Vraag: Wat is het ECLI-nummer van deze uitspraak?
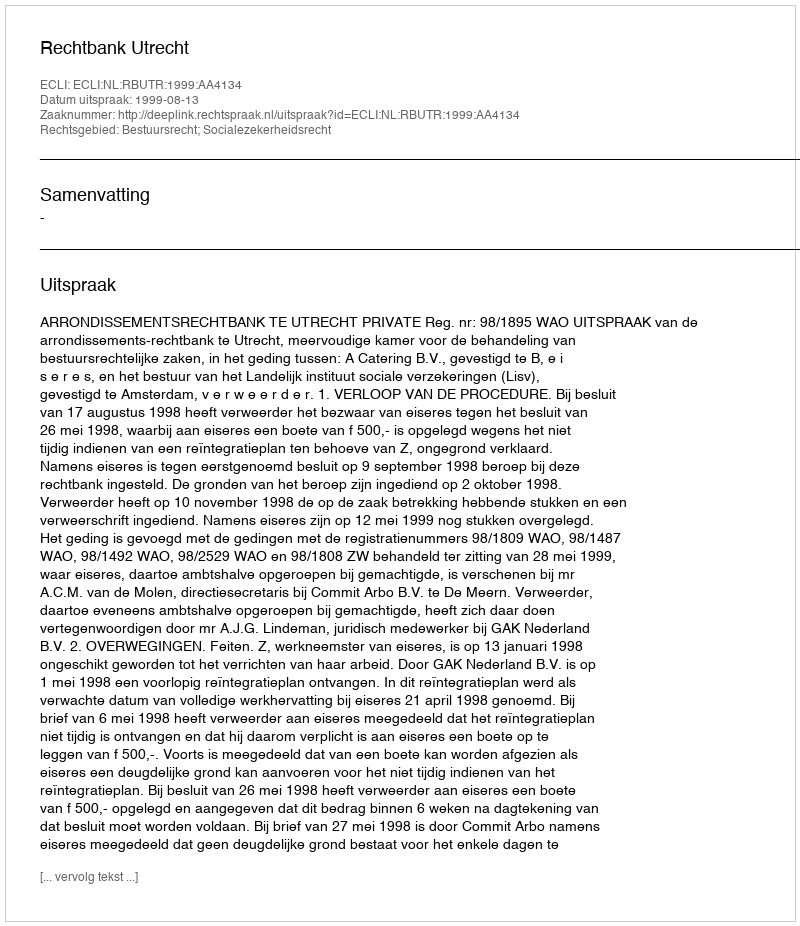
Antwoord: ECLI:NL:RBUTR:1999:AA4134